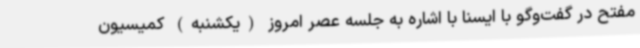
مفتح در گفت‌وگو با ایسنا با اشاره به جلسه عصر امروز (یکشنبه) کمیسیون